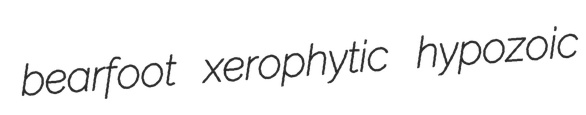
bearfoot xerophytic hypozoic